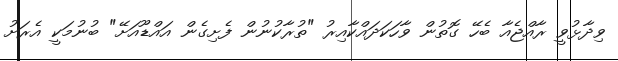
ވިދާޅުވީ ރާއްޖެއާ ބެހޭ ގޮތުން ވާހަކަދައްކާއިރު "ތުރާކުނުން ފެށިގެން އައްޑޫއަށޭ" ބުނުމަކީ އެރަށު